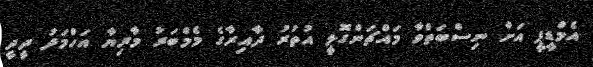
އެމްޑީޕީ އަށް ނިސްބަތްވާ މައްޗަންގޮޅީ އުތުރު ދާއިރާގެ މެމްބަރު މާރިޔާ އަހްމަދު ދީދީ